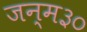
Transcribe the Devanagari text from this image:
जन्म३०